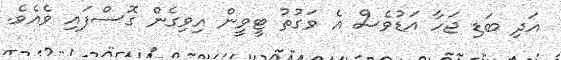
އަދި ބަޑި ޖަހާ އަޑުވެސް އެ ވަގުތު ޓީވީން އިވިގެން ގޮސްފައި ވެއެވެ.